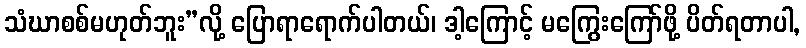
သံဃာစစ်မဟုတ်ဘူး”လို့ ပြောရာရောက်ပါတယ်၊ ဒါ့ကြောင့် မကြွေးကြော်ဖို့ ပိတ်ရတာပါ,